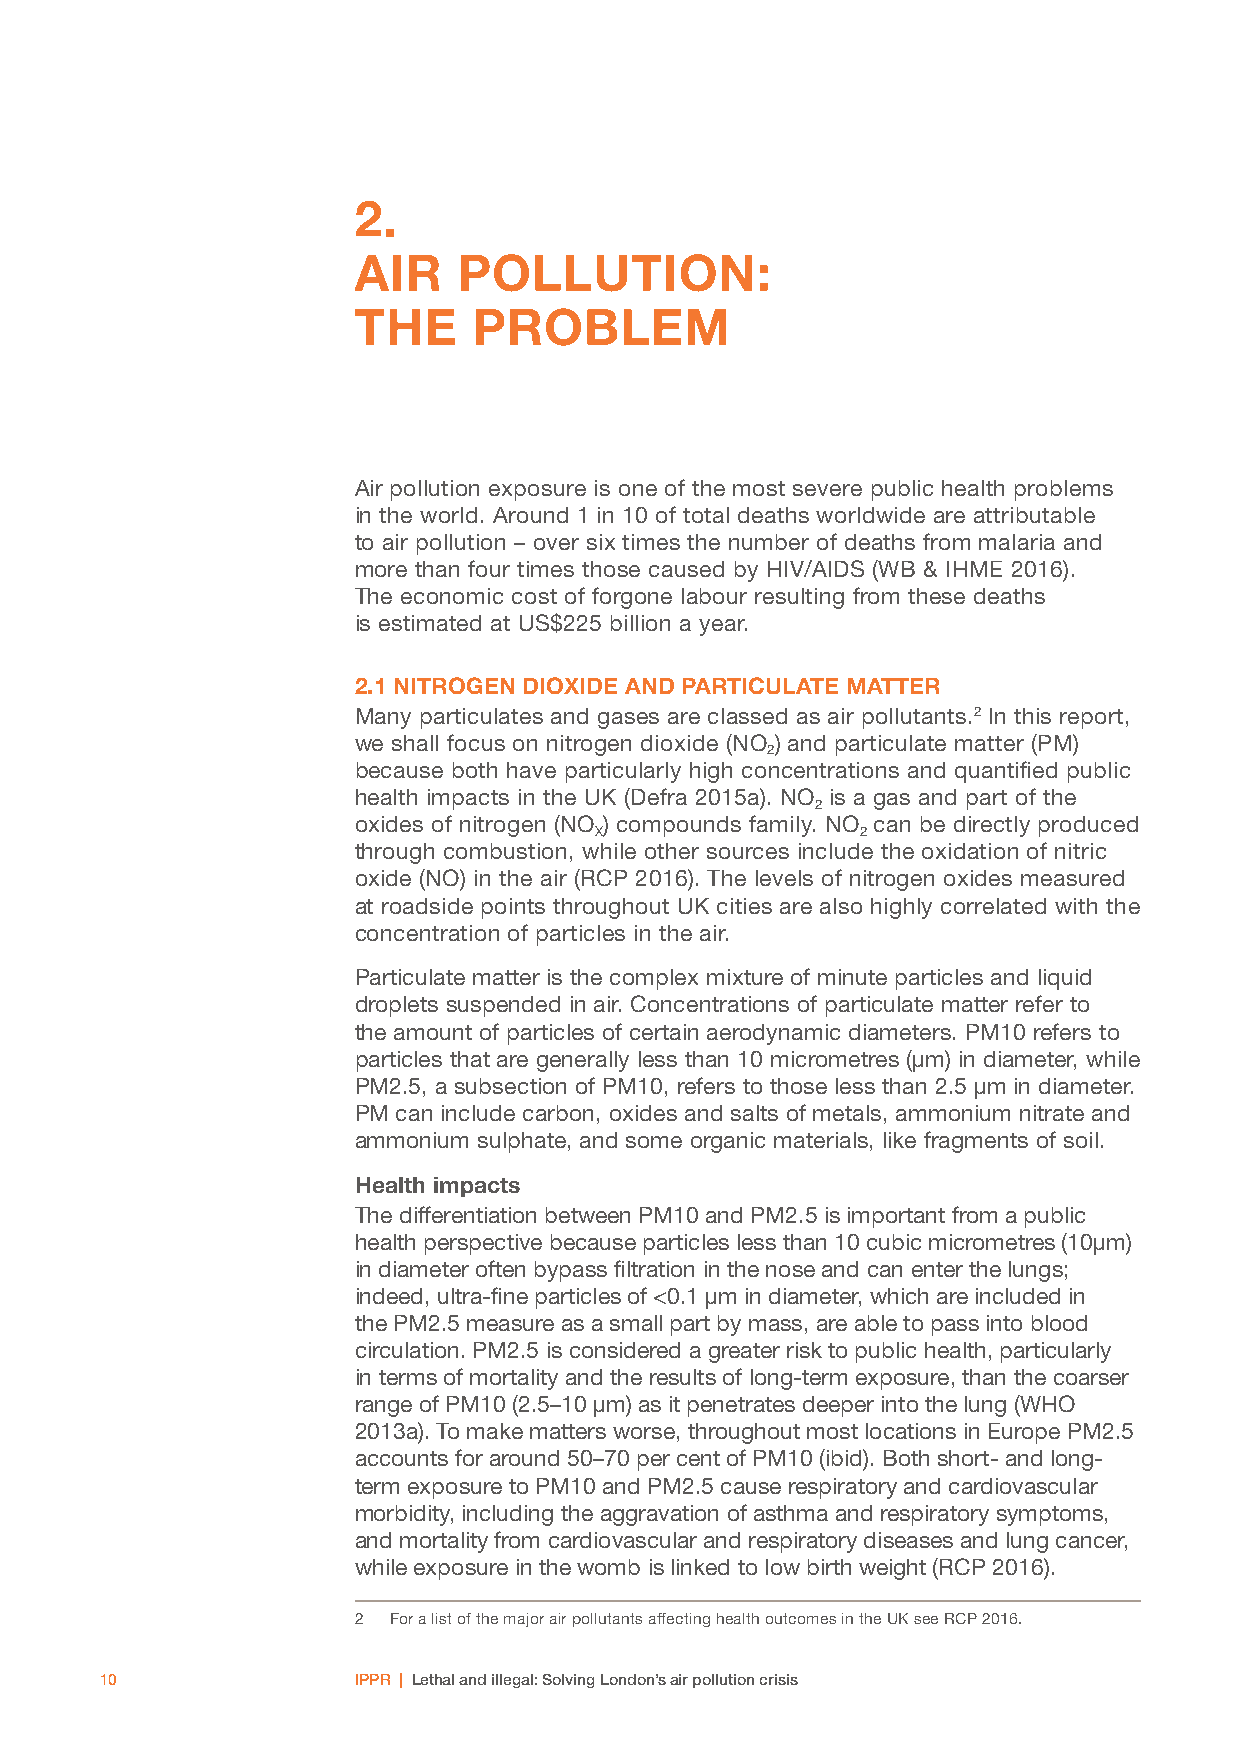
2.
 AIR    POLLUTION:
 THE     PROBLEM
 Air pollution exposure is one of the most severe public health problems
 in the world. Around 1 in 10 of total deaths worldwide are attributable
 to air pollution – over six times the number of deaths from malaria and
 more than four times those caused by HIV/AIDS (WB & IHME 2016).
 The economic cost of forgone labour resulting from these deaths
 is estimated at US$225 billion a year.
 2.1 NITROGEN DIOXIDE AND PARTICULATE MATTER
 Many particulates and gases are classed as air pollutants.2 In this report,
 we shall focus on nitrogen dioxide (NO ) and particulate matter (PM)
 2
 because both have particularly high concentrations and quantified public
 health impacts in the UK (Defra 2015a). NO is a gas and part of the
 2
 oxides of nitrogen (NO ) compounds family. NO can be directly produced
 X                 2
 through combustion, while other sources include the oxidation of nitric
 oxide (NO) in the air (RCP 2016). The levels of nitrogen oxides measured
 at roadside points throughout UK cities are also highly correlated with the
 concentration of particles in the air.
 Particulate matter is the complex mixture of minute particles and liquid
 droplets suspended in air. Concentrations of particulate matter refer to
 the amount of particles of certain aerodynamic diameters. PM10 refers to
 particles that are generally less than 10 micrometres (μm) in diameter, while
 PM2.5, a subsection of PM10, refers to those less than 2.5 μm in diameter.
 PM can include carbon, oxides and salts of metals, ammonium nitrate and
 ammonium sulphate, and some organic materials, like fragments of soil.
 Health impacts
 The differentiation between PM10 and PM2.5 is important from a public
 health perspective because particles less than 10 cubic micrometres (10µm)
 in diameter often bypass filtration in the nose and can enter the lungs;
 indeed, ultra-fine particles of <0.1 µm in diameter, which are included in
 the PM2.5 measure as a small part by mass, are able to pass into blood
 circulation. PM2.5 is considered a greater risk to public health, particularly
 in terms of mortality and the results of long-term exposure, than the coarser
 range of PM10 (2.5–10 µm) as it penetrates deeper into the lung (WHO
 2013a). To make matters worse, throughout most locations in Europe PM2.5
 accounts for around 50–70 per cent of PM10 (ibid). Both short- and long-
 term exposure to PM10 and PM2.5 cause respiratory and cardiovascular
 morbidity, including the aggravation of asthma and respiratory symptoms,
 and mortality from cardiovascular and respiratory diseases and lung cancer,
 while exposure in the womb is linked to low birth weight (RCP 2016).
 2  For a list of the major air pollutants affecting health outcomes in the UK see RCP 2016.
 10              IPPR | Lethal and illegal: Solving London’s air pollution crisis